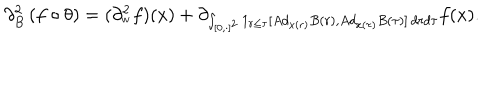
LaTeX: \partial _ { B } ^ { 2 } \left( f \circ \theta \right) = ( \partial _ { _ { w } } ^ { 2 } f ) ( x ) + \partial _ { \int _ { \lbrack 0 , \cdot ] ^ { 2 } } 1 _ { r \leq \tau } [ A d _ { x ( r ) } B ( r ) , A d _ { x ( \tau ) } B ( \tau ) ] \, d r d \tau } f ( x ) .